Indian journal of veterinary science and animal husbandry - Volumes 18-21, 1948-1951
Year: 1948
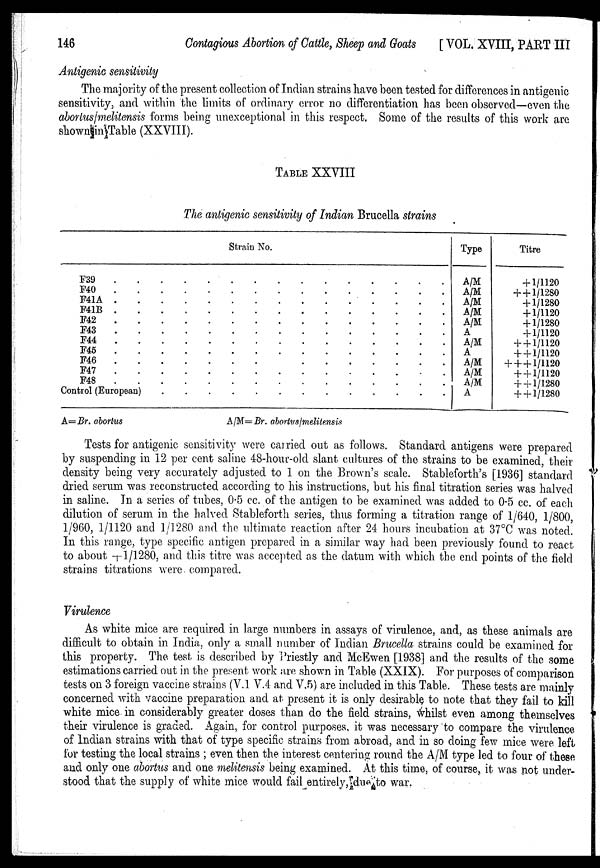
146
Contagious Abortion of Cattle, Sheep and Goats
[VOL. XVIII, PART III
Antigenic sensitivity
The majority of the present collection of Indian strains have been tested for differences in antigenic
sensitivity, and within the limits of ordinary error no differentiation has been observed—even the
abortus/melitensis forms being unexceptional in this respect. Some of the results of this work are
shown in Table (XXVIII).
TABLE XXVIII
The antigenic sensitivity of Indian Brucella strains
Strain No.
F39
.
.
.
.
.
.
.
.
.
.
.
.
.
.
.
F40
.
.
.
.
.
.
.
.
.
.
.
.
.
.
.
F41A . . . . . . . . . . . . . . .
F41B . . . . . . . . . . . . . . .
F42 . . . . . . . . . . . . . . .
F43
.
.
.
.
.
.
.
.
.
.
.
.
.
.
.
F44 . . . . . . . . . . . . . . .
F45 . . . . . . . . . . . . . . .
F46 . . . . . . . . . . . . . . .
F47
.
.
.
.
.
.
.
.
.
.
.
.
.
.
.
F48
.
.
.
.
.
.
.
.
.
.
.
.
.
.
.
Control (European) . . . . . . . . . . . . .
Type
A/M
A/M
A/M
A/M
A/M
A
A/M
A
A/M
A/M
A/M
A
Titre
+ 1/1120
++1/1280
+ 1/1280
+ 1/1120
+ 1/1280
+ 1/1120
+ + 1/1120
+ + 1/1120
+ + + 1/1120
+ + 1/1120
++1/1280
++1/1280
A=Br. abortus
A/M=
Br. abortus/melitensis
Tests for antigenic sensitivity were carried out as follows. Standard antigens were prepared
by suspending in 12 per cent saline 48-hour-old slant cultures of the strains to be examined, their
density being very accurately adjusted to 1 on the Brown's scale. Stableforth's [1936] standard
dried serum was reconstructed according to his instructions, but his final titration series was halved
in saline. In a series of tubes, 0.5 cc. of the antigen to be examined was added to 0.5 cc. of each
dilution of serum in the halved Stableforth series, thus forming a titration range of 1/640, 1/800,
1/960, 1/1120 and 1 1280 and the ultimate reaction after 24 hours incubation at 37°C was noted.
In this range, type specific antigen prepared in a similar way had been previously found to react
to about + 1/1280, and this titre was accepted as the datum with which the end points of the field
strains titrations were compared.
Virulence
As white mice are required in large numbers in assays of virulence, and, as these animals are
difficult to obtain in India, only a small number of Indian Brucella strains could be examined for
this property. The test is described by Priestly and McEwen [1938] and the results of the some
estimations carried out in the present work are shown in Table (XXIX). For purposes of comparison
tests on 3 foreign vaccine strains (V.1 V.4 and V.5) are included in this Table. These tests are mainly
concerned with vaccine preparation and at present it is only desirable to note that they fail to kill
white mice in considerably greater doses than do the field strains, whilst even among themselves
their virulence is graded. Again, for control purposes, it was necessary to compare the virulence
of Indian strains with that of type specific strains from abroad, and in so doing few mice were left
for testing the local strains ; even then the interest centering round the A/M type led to four of these
and only one abortus and one melitensis being examined. At this time, of course, it was not under-
stood that the supply of white mice would fail entirely, due to war.